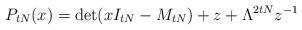
LaTeX: \begin{align*}P_{tN}(x) = \det( xI_{tN} - M_{tN}) + z + \Lambda^{2tN} z^{-1}\end{align*}